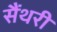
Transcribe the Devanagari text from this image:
सैंथरी